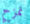
نمزح